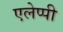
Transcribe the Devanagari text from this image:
एलेप्पी